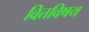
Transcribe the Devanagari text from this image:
वित्तविषय